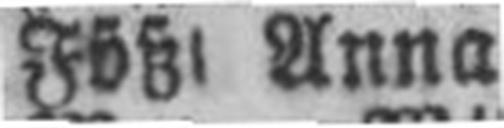
Fößl Anna